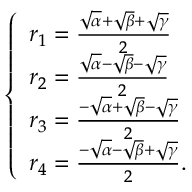
\left\{ { \begin{array} { l } { r _ { 1 } = { \frac { { \sqrt { \alpha } } + { \sqrt { \beta } } + { \sqrt { \gamma } } } { 2 } } } \\ { r _ { 2 } = { \frac { { \sqrt { \alpha } } - { \sqrt { \beta } } - { \sqrt { \gamma } } } { 2 } } } \\ { r _ { 3 } = { \frac { - { \sqrt { \alpha } } + { \sqrt { \beta } } - { \sqrt { \gamma } } } { 2 } } } \\ { r _ { 4 } = { \frac { - { \sqrt { \alpha } } - { \sqrt { \beta } } + { \sqrt { \gamma } } } { 2 } } { \mathrm { . } } } \end{array} } \right.